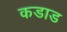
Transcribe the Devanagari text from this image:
कडाड